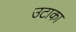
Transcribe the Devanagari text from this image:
उटाका